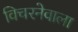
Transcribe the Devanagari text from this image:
विचरनेवाला